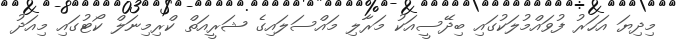
މިދިޔަ އަހަރު ފުވައްމުލަކުގައި ބިދޭސީއަކު މަރާލި މައްސަލައިގެ ޝަރީއަތް ކްރިމިނަލް ކޯޓުގައި މިއަދު